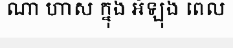
ណា ហាស ក្នុង អំឡុង ពេល